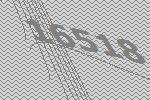
16518